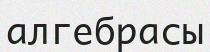
алгебрасы